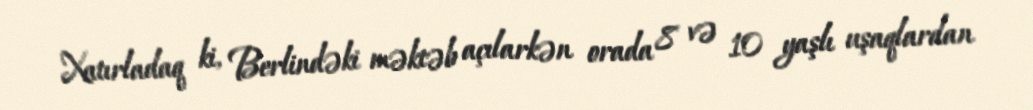
Xatırladaq ki, Berlindəki məktəb açılarkən orada 8 və 10 yaşlı uşaqlardan